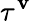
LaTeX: \tau^{\mathbf{v}}